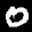
Label: 0